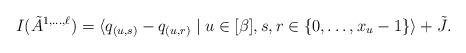
LaTeX: \begin{align*}I(\tilde{A}^{1,\dots,\ell}) = \langle q_{(u,s)} - q_{(u,r)} \mid u \in [\beta], s,r \in \{0,\dots,x_u-1\} \rangle + \tilde{J}.\end{align*}